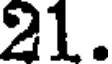
21.